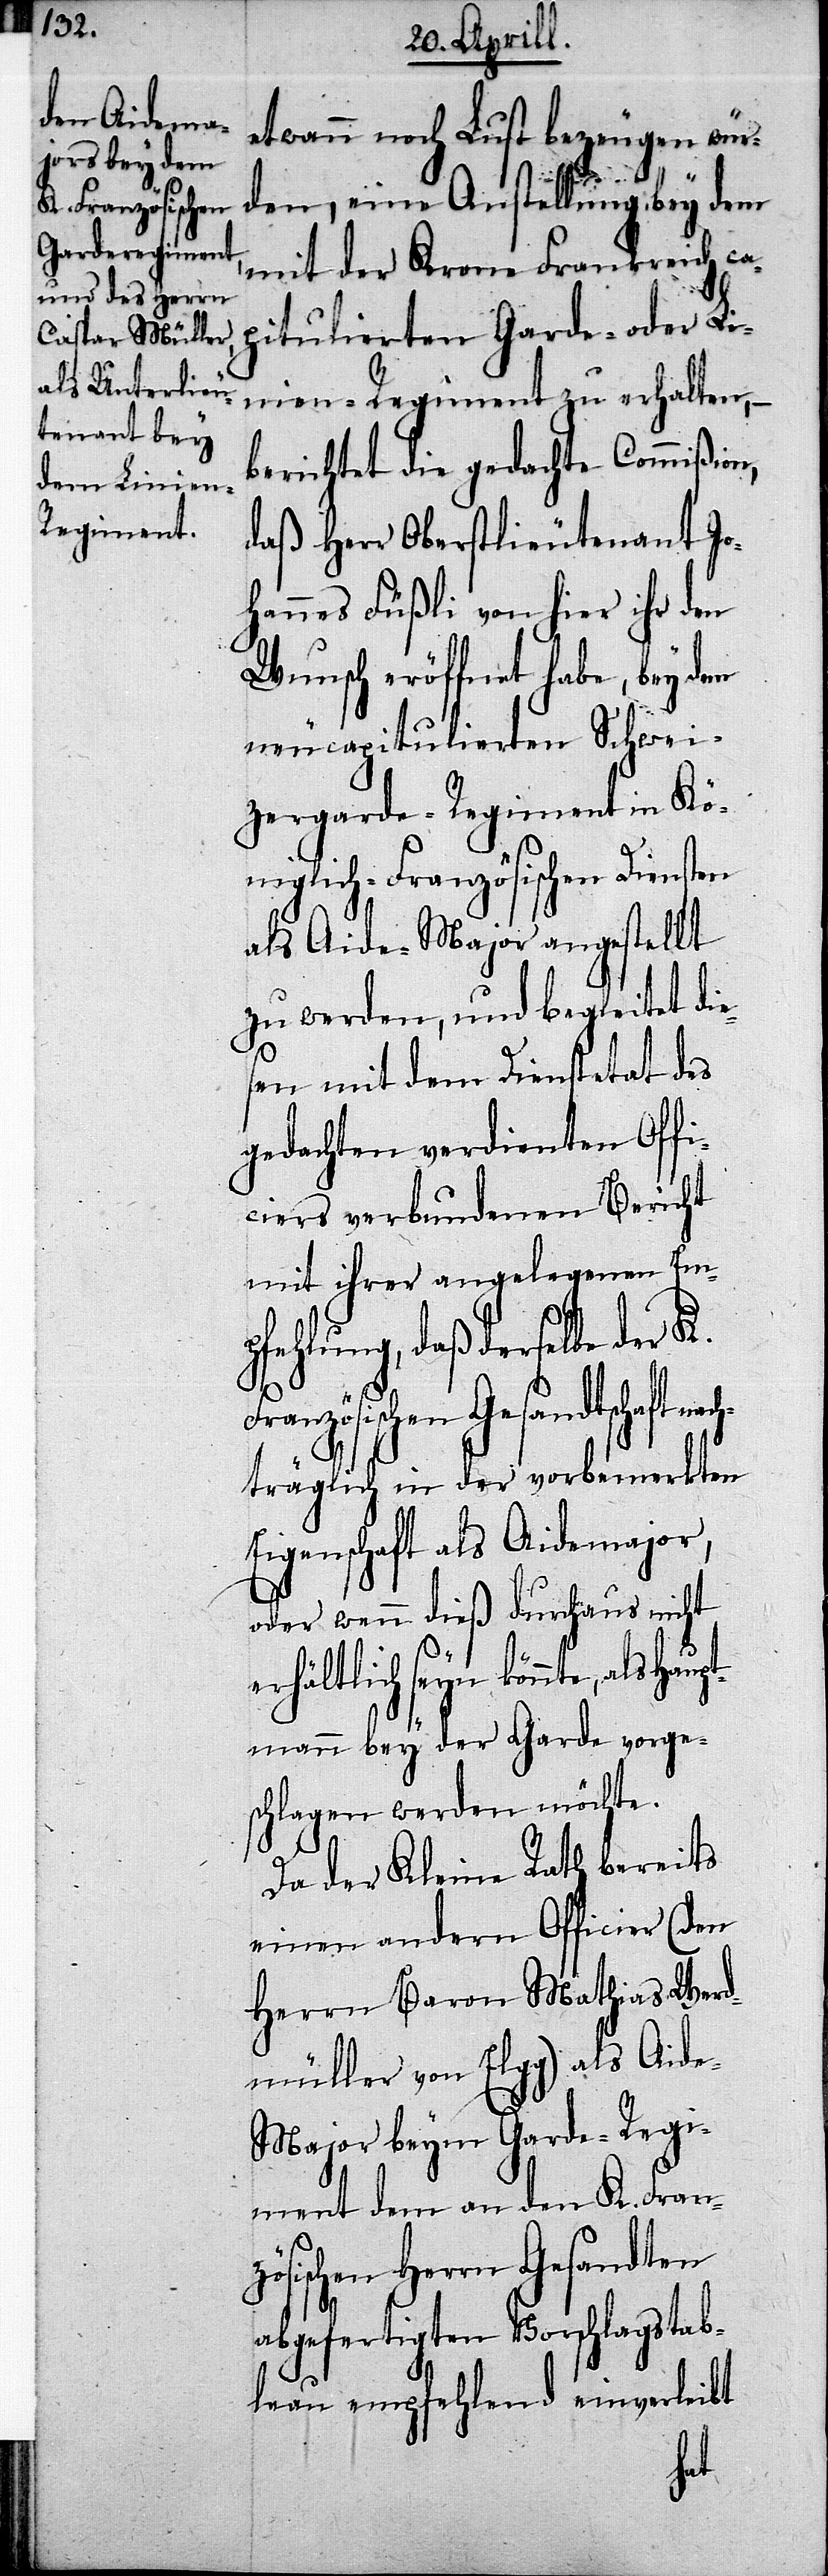
etwann noch Lust bezeugen wür¬
den, eine Anstellung bey dem
mit der Krone Frankreich ca¬
pitulierten Garde- oder L¬
inien-Regiment zu erhalten,–
berichtet die gedachte Commißion,
daß Herr Oberstlieutenant Jo¬
hannes Füßli von hier ihr den
Wunsch eröffnet habe, bey dem
neucapitulierten Schwei¬
zergarde-Regiment in Kö¬
niglich-Französischen Diensten
als Aide-Major angestellt
zu werden, und begleitet di¬
esen mit dem Dienstetat des
gedachten verdienten Offi¬
ciers verbundenen Bericht
mit ihrer angelegenen Emp¬
fehlung, daß derselbe der K.
ranzösischen Gesandtschaft n¬
träglich in der vorbemerkten
Eigenschaft als Aidemajor,
F¬
oder wenn dieß durchaus
erhältlich seyn könnte, als
Haupt¬
mann bey der Garde vo¬
schlagen werden möchte.
Da der Kleine Rath bereits
einen andern Officier (den
Herrn Baron Mathias Werd¬
müller von Elgg) als Aid¬
e-Major beym Garde-Regi¬
ment dem an den K. Fran¬
Gesandten
abgefertigten Vorschlagstab¬
leau empfehlend einverleibt
rge¬